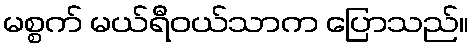
မစ္စက် မယ်ရီဝယ်သာက ပြောသည်။